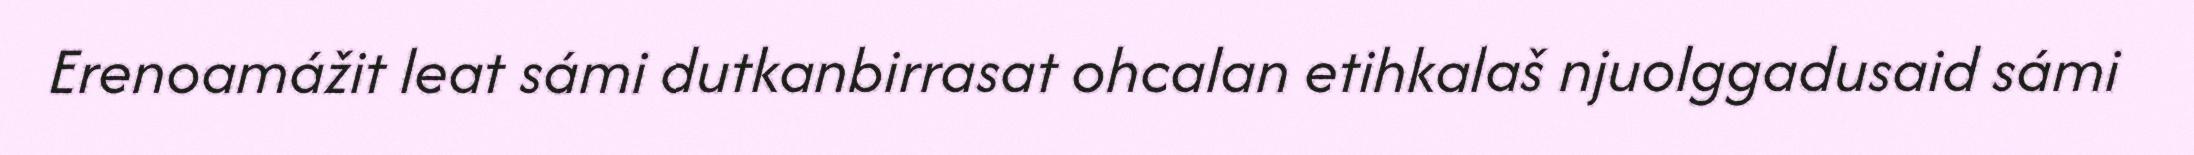
Erenoamážit leat sámi dutkanbirrasat ohcalan etihkalaš njuolggadusaid sámi